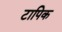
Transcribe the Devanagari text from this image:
टापिक